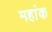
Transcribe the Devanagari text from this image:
महांक